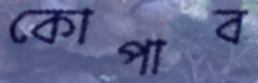
কোপাব